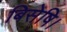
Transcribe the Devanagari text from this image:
बिसेषि।